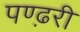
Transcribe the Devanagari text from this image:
पण्ढ़री